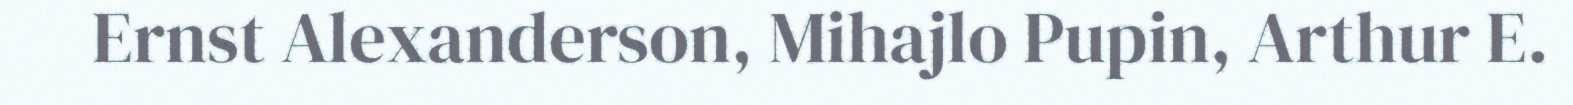
Ernst Alexanderson, Mihajlo Pupin, Arthur E.